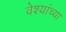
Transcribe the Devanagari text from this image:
वेश्यांच्या